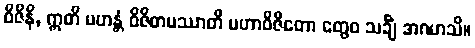
ဝိဇိနိ, ဣတိ မဟန္တံ ဝိဇိတမဿာတိ မဟာဝိဇိတော တွေဝ သင်္ချံ အဂမာသိ။